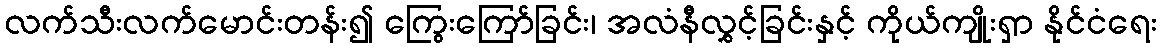
လက်သီးလက်မောင်းတန်း၍ ကြွေးကြော်ခြင်း၊ အလံနီလွှင့်ခြင်းနှင့် ကိုယ်ကျိုးရှာ နိုင်ငံရေး